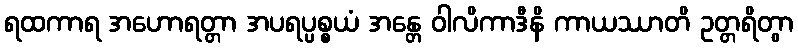
ရထကာရ အဟောရတ္တာ အပရပ္ပစ္စယံ အန္တေ ဝါလိကာဒီနိ ကာယဿာတိ ဥတ္တရိတွာ